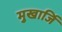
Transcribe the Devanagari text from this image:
मुखार्जि